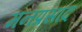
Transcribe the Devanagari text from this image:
मनप्रसाद